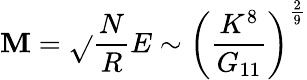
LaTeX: \mathbf{M}=\sqrt{}{{\frac{{N}}{{R}}E}}\sim\left(\frac{{K^{8}}}{{G_{11}}}\right)^{\frac{{2}}{{9}}}